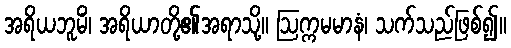
အရိယဘူမိံ၊ အရိယာတို့၏အရာသို့။ ဩက္ကမမာနံ၊ သက်သည်ဖြစ်၍။